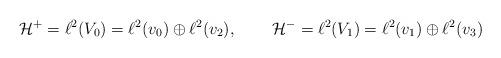
LaTeX: \begin{align*}\mathcal{H}^{+} &= \ell^{2}(V_{0}) = \ell^{2}(v_{0}) \oplus \ell^{2}(v_{2}) , & \mathcal{H}^{-} &= \ell^{2}(V_{1}) = \ell^{2}(v_{1}) \oplus \ell^{2}(v_{3}) \end{align*}